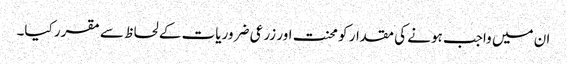
ان میں واجب ہونے کی مقدار کو محنت اور زرعی ضروریات کے لحاظ سے مقرر کیا۔